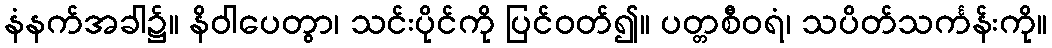
နံနက်အခါ၌။ နိဝါပေတွာ၊ သင်းပိုင်ကို ပြင်ဝတ်၍။ ပတ္တစီဝရံ၊ သပိတ်သင်္ကန်းကို။